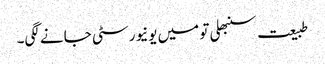
طبیعت سنبھلی تو میں یونیورسٹی جانے لگی۔